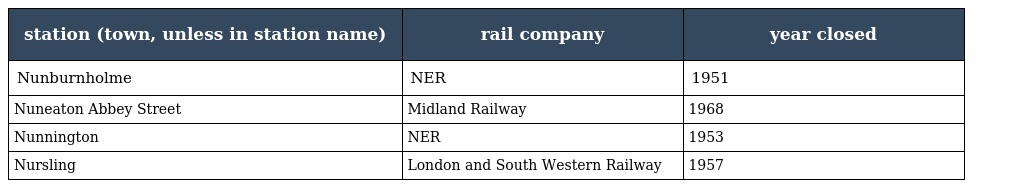
| station (town, unless in station name) | rail company | year closed |
 | --- | --- | --- |
 | Nunburnholme | NER | 1951 |
 | Nuneaton Abbey Street | Midland Railway | 1968 |
 | Nunnington | NER | 1953 |
 | Nursling | London and South Western Railway | 1957 |